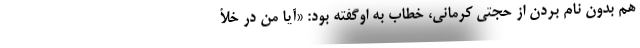
هم بدون نام بردن از حجتی کرمانی، خطاب به اوگفته بود: «آيا من در خلأ